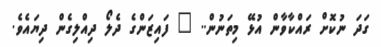
ގަދަ ނުކޮށް ރައްކާވާން އުޅޭ މިތަނުން.. " ފައިޒަންގެ ދެލޯ ދިއްލިގެން ދިޔައެވެ.